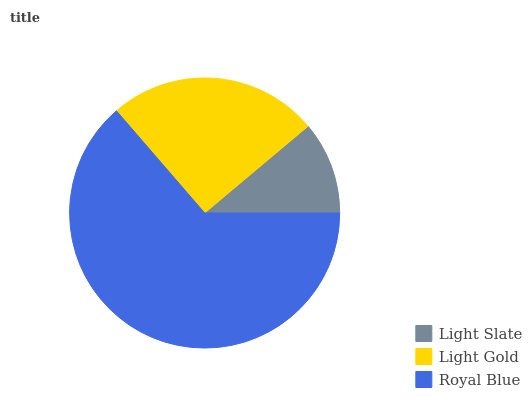
| Light Slate | Light Gold | Royal Blue |
 | --- | --- | --- |
 | 11.1% | 25.2% | 63.7% |